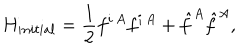
H _ { i n i t i a l } = \frac { 1 } { 2 } f ^ { i \, A } f ^ { i \, A } + \hat { f } ^ { A } \hat { f } ^ { A } ,